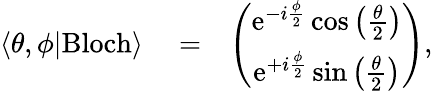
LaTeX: \begin{array}{rlr}{\langle\theta,\phi|\mathrm{Bloch}\rangle}&{{}=}&{\left(\begin{array}{c}{\mathrm{e}^{-i\frac{\phi}{2}}\cos\left(\frac{\theta}{2}\right)}\\ {\mathrm{e}^{+i\frac{\phi}{2}}\sin\left(\frac{\theta}{2}\right)}\end{array}\right),}\end{array}